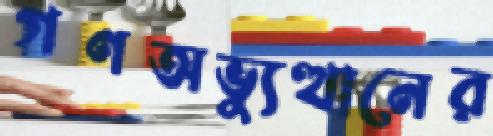
গণঅভ্যুত্থানের